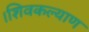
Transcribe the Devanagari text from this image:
।शिवकल्याण